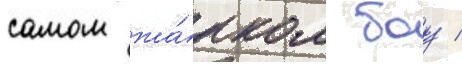
самом жа́рком боу /